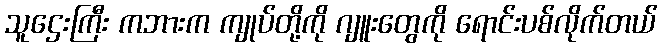
သူဌေးကြီး ကဘားက ကျုပ်တို့ကို ဂျူးတွေကို ရောင်းပစ်လိုက်တယ်